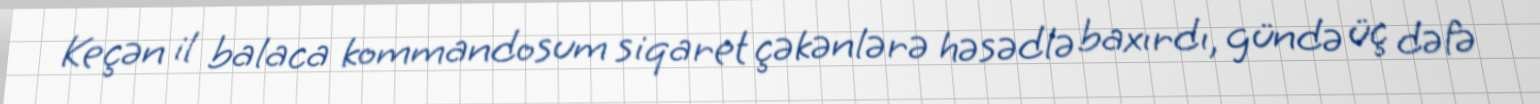
Keçən il balaca kommandosum siqaret çəkənlərə həsədlə baxırdı, gündə üç dəfə